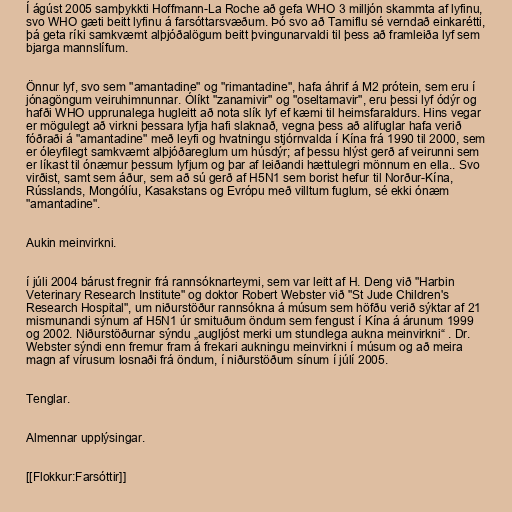
Í ágúst 2005 samþykkti Hoffmann-La Roche að gefa WHO 3 milljón skammta af lyfinu,
svo WHO gæti beitt lyfinu á farsóttarsvæðum. Þó svo að Tamiflu sé verndað einkarétti,
þá geta ríki samkvæmt alþjóðalögum beitt þvingunarvaldi til þess að framleiða lyf sem
bjarga mannslífum.

Önnur lyf, svo sem "amantadine" og "rimantadine", hafa áhrif á M2 prótein, sem eru í
jónagöngum veiruhimnunnar. Ólíkt "zanamivir" og "oseltamavir", eru þessi lyf ódýr og
hafði WHO upprunalega hugleitt að nota slík lyf ef kæmi til heimsfaraldurs. Hins vegar
er mögulegt að virkni þessara lyfja hafi slaknað, vegna þess að alifuglar hafa verið
fóðraði á "amantadine" með leyfi og hvatningu stjórnvalda í Kína frá 1990 til 2000, sem
er óleyfilegt samkvæmt alþjóðareglum um húsdýr; af þessu hlýst gerð af veirunni sem
er líkast til ónæmur þessum lyfjum og þar af leiðandi hættulegri mönnum en ella.. Svo
virðist, samt sem áður, sem að sú gerð af H5N1 sem borist hefur til Norður-Kína,
Rússlands, Mongólíu, Kasakstans og Evrópu með villtum fuglum, sé ekki ónæm
"amantadine".

Aukin meinvirkni.

í júli 2004 bárust fregnir frá rannsóknarteymi, sem var leitt af H. Deng við "Harbin
Veterinary Research Institute" og doktor Robert Webster við "St Jude Children's
Research Hospital", um niðurstöður rannsókna á músum sem höfðu verið sýktar af 21
mismunandi sýnum af H5N1 úr smituðum öndum sem fengust í Kína á árunum 1999
og 2002. Niðurstöðurnar sýndu „augljóst merki um stundlega aukna meinvirkni“ . Dr.
Webster sýndi enn fremur fram á frekari aukningu meinvirkni í músum og að meira
magn af vírusum losnaði frá öndum, í niðurstöðum sínum í júlí 2005.

Tenglar.

Almennar upplýsingar.

[[Flokkur:Farsóttir]]